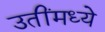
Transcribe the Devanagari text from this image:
उतींमध्ये